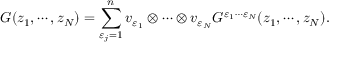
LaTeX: G ( z _ { 1 } , \cdots , z _ { N } ) = \sum _ { \varepsilon _ { j } = 1 } ^ { n } v _ { \varepsilon _ { 1 } } \otimes \cdots \otimes v _ { \varepsilon _ { N } } G ^ { \varepsilon _ { 1 } \cdots \varepsilon _ { N } } ( z _ { 1 } , \cdots , z _ { N } ) .